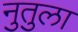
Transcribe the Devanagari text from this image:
नुतुला